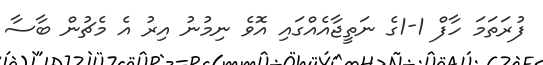
ފުރަތަމަ ހާފް 1-1ގެ ނަތީޖާއެއްގައި އޮވެ ނިމުނު އިރު އެ މެޗުން ބާސާ